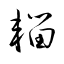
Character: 輜